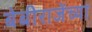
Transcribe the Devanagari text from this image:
बेबीराजेंच्या